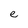
Character: e